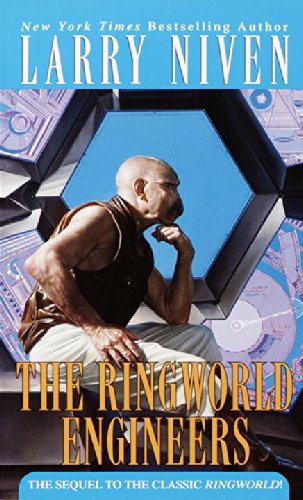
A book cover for The Ringworld Engineers; Larry Niven; Science Fiction & Fantasy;